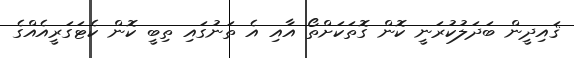
ޤައިދީން ބަދަލުކުރަނީ ކޮން ގޮތަކަށްތޯ އާއި އެ ތަނުގައި ތިބީ ކޮން ކެޓަގަރީއެއްގެ